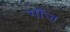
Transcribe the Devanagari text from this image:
गॉज